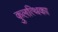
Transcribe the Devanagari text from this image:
कुलत्थिका